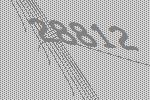
28812